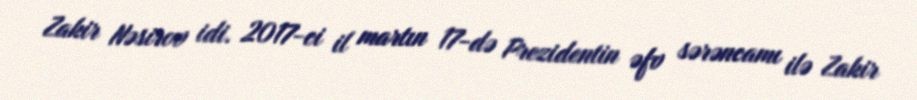
Zakir Nəsirov idi. 2017-ci il martın 17-də Prezidentin əfv sərəncamı ilə Zakir